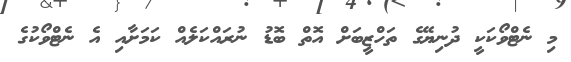
މި ނެޓްވޯކަކީ ދުނިޔޭގެ ތަހްޒީބަށް އޮތް ބޮޑު ނުރައްކަލެއް ކަމަށާއި އެ ނެޓްވޯކުގެ